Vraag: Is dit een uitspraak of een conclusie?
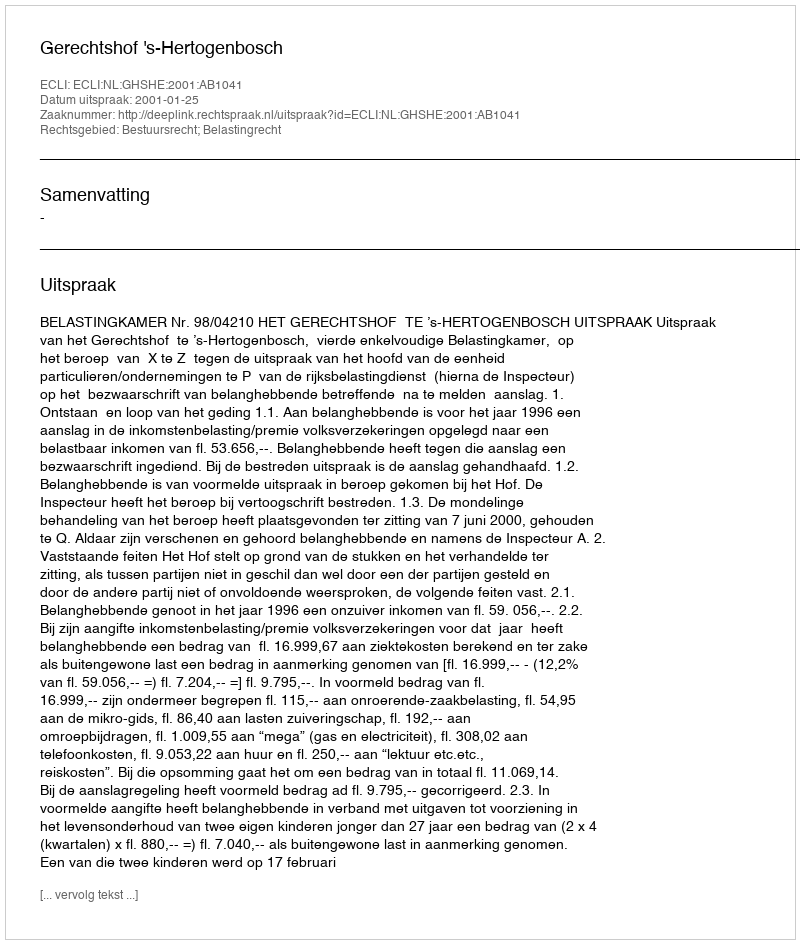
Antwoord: Uitspraak